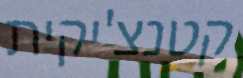
קטנצ'יקית